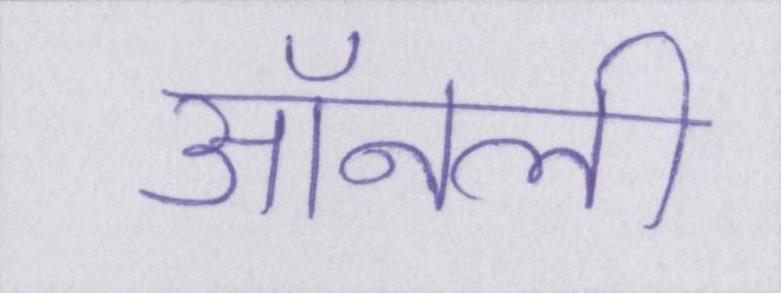
ऑनली